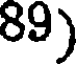
89)